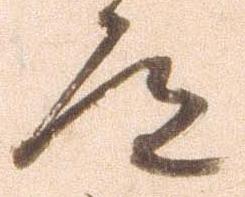
道